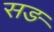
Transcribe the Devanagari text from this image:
सङ